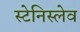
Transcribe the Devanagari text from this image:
स्टेनिस्लेव